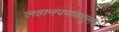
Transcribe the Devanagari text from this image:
लहानपणपासूनच